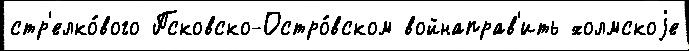
стр'елко́вого Псковско-Остро́вском войнаправ'ить холмскоjе